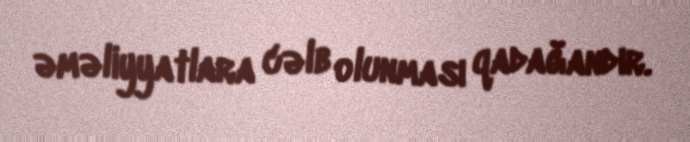
əməliyyatlara cəlb olunması qadağandır.